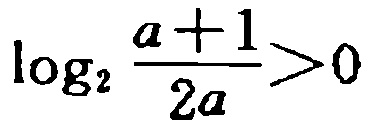
\(\log_{2}\frac{a + 1}{2a}>0\)